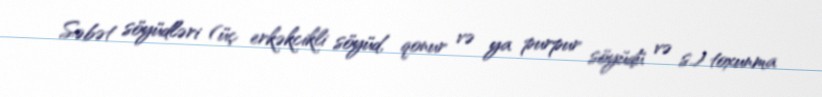
Səbət söyüdləri (üç erkəkcikli söyüd, qonur və ya purpur söyüdü və s.) toxunma